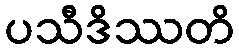
ပသီဒိဿတိ